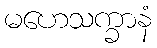
မဟေသက္ခာနံ